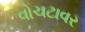
વોચટાવર